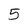
Character: 5